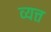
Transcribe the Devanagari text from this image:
व्यत्त